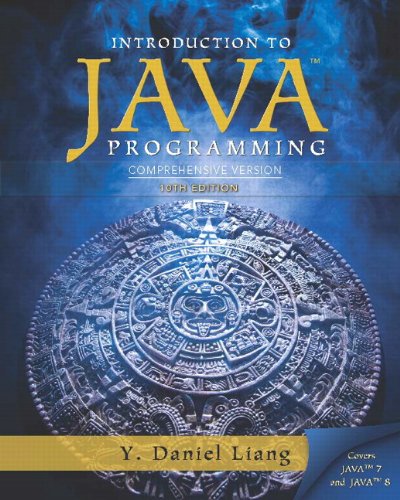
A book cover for Intro to Java Programming, Comprehensive Version (10th Edition); Y. Daniel Liang; Computers & Technology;